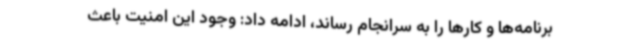
برنامه‌ها و کارها را به سرانجام رساند، ادامه داد: وجود این امنیت باعث